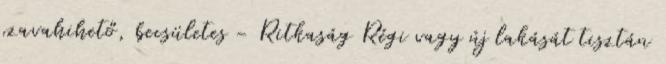
szavahihető, becsületes - Ritkaság Régi vagy új lakását tisztán